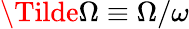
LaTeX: \Tilde{\Omega}\equiv\Omega/\omega